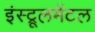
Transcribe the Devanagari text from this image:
इंस्ट्रूलमेंटल